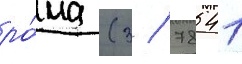
ро́ма (3 / 78541